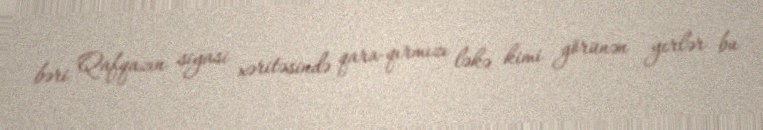
bəri Qafqazın siyasi xəritəsində qara-qırmızı ləkə kimi görünən yerlər bu